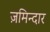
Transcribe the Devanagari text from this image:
ज़मिन्दार